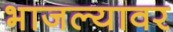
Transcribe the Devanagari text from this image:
भाजल्यावर